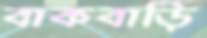
বাকবাড়ি